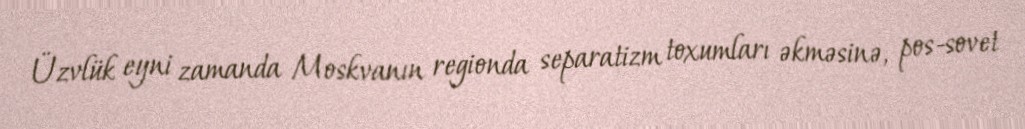
Üzvlük eyni zamanda Moskvanın regionda separatizm toxumları əkməsinə, pos-sovet